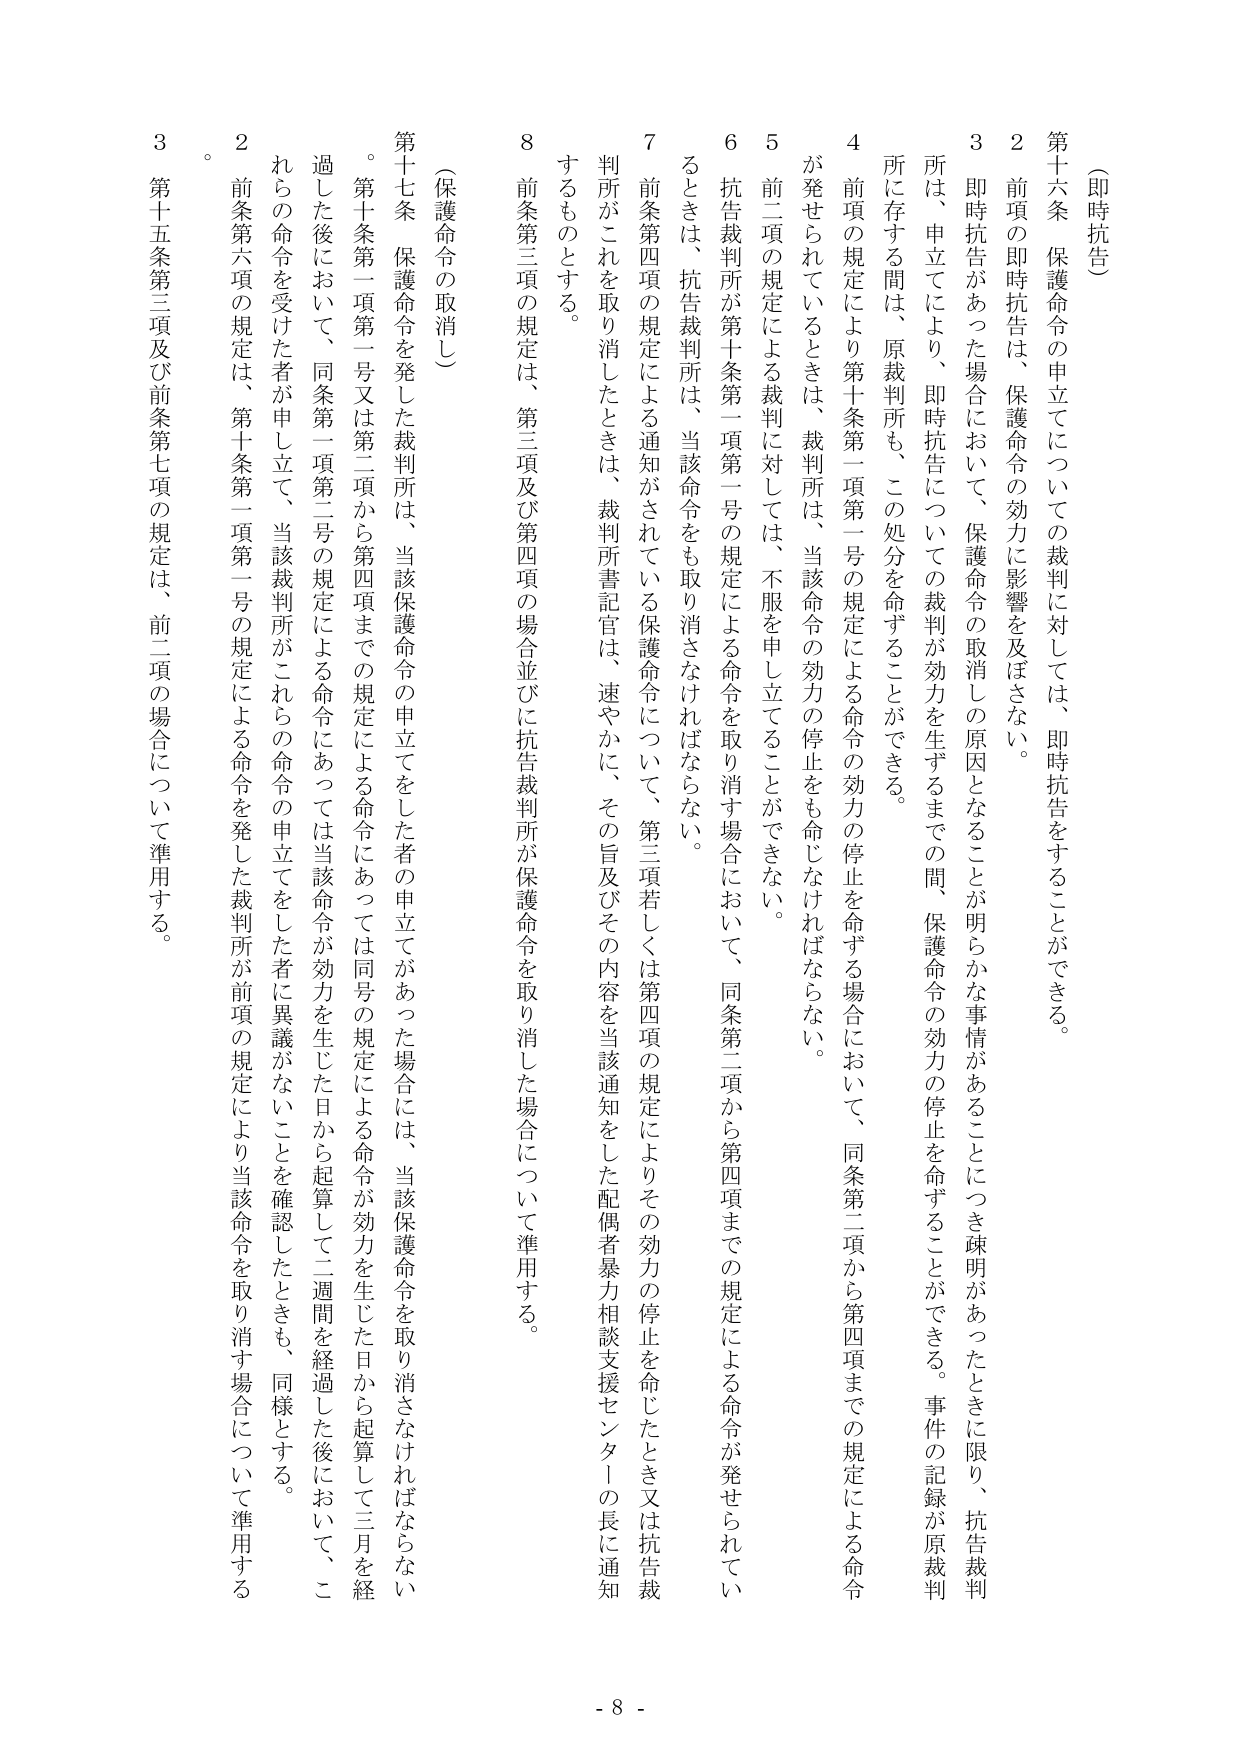
（即時抗告）

第十六条　保護命令の申立てについての裁判に対しては、即時抗告をすることができる。

２　前項の即時抗告は、保護命令の効力に影響を及ぼさない。

３　即時抗告があった場合において、保護命令の取消しの原因となることが明らかな事情があることにつき疎明があったときに限り、抗告裁判所は、申立てにより、即時抗告についての裁判が効力を生ずるまでの間、保護命令の効力の停止を命ずることができる。事件の記録が原裁判所に存する間は、原裁判所も、この処分を命ずることができる。

４　前項の規定により第十条第一項第一号の規定による命令の効力の停止を命ずる場合において、同条第二項から第四項までの規定による命令が発せられているときは、裁判所は、当該命令の効力の停止をも命じなければならない。

５　前二項の規定による裁判に対しては、不服を申し立てることができない。

６　抗告裁判所が第十条第一項第一号の規定による命令を取り消す場合において、同条第二項から第四項までの規定による命令が発せられているときは、抗告裁判所は、当該命令をも取り消さなければならない。

７　前条第四項の規定による通知がされている保護命令について、第三項若しくは第四項の規定によりその効力の停止を命じたとき又は抗告裁判所がこれを取り消したときは、裁判所書記官は、速やかに、その旨及びその内容を当該通知をした配偶者暴力相談支援センターの長に通知するものとする。

８　前条第三項の規定は、第三項及び第四項の場合並びに抗告裁判所が保護命令を取り消した場合について準用する。

（保護命令の取消し）

第十七条　保護命令を発した裁判所は、当該保護命令の申立てをした者の申立てがあった場合には、当該保護命令を取り消さなければならない。第十条第一項第一号又は第二項から第四項までの規定による命令にあっては同号の規定による命令が効力を生じた日から起算して三月を経過した後において、同条第一項第二号の規定による命令にあっては当該命令が効力を生じた日から起算して二週間を経過した後において、これらの命令を受けた者が申し立て、当該裁判所がこれらの命令の申立てをした者に異議がないことを確認したときも、同様とする。

２　前条第六項の規定は、第十条第一項第一号の規定による命令を発した裁判所が前項の規定により当該命令を取り消す場合について準用する。

３　第十五条第三項及び前条第七項の規定は、前二項の場合について準用する。

- 8 -